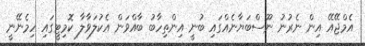
އެމްޖޭއޭ އިން ނެރުނު ނޫސްބަޔާނެއްގައި ބުނީ އިންތިހާބު ބާއްވަން އެކުލަވާލާ ކޮމިޓީގައި ހިމެނޭނީ